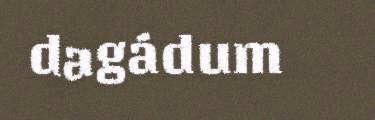
dagádum